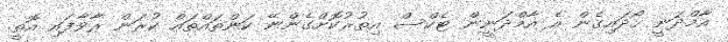
އާމްދަނީ ހޯދައިގެން އެ އާމްދަނީން ޓެކްސް އިތުރުކޮށްގެންނޭ ކަންތައްތައް ކުރަން ރާވާފައި އޮތީ.